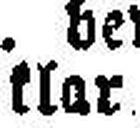
klar